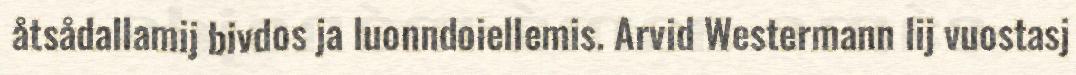
åtsådallamij bivdos ja luonndoiellemis. Arvid Westermann lij vuostasj